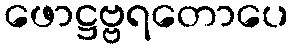
ဖောဋ္ဌဗ္ဗရတောပေ